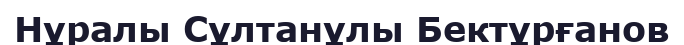
Нұралы Сұлтанұлы Бектұрғанов